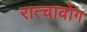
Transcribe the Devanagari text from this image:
रात्चावोंग